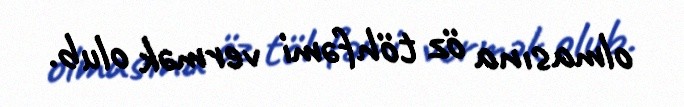
olmasına öz töhfəmi vermək olub.